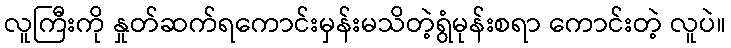
လူကြီးကို နှုတ်ဆက်ရကောင်းမှန်းမသိတဲ့ရွံမုန်းစရာ ကောင်းတဲ့ လူပဲ။